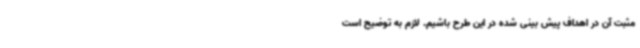
مثبت آن در اهداف پیش بینی شده در این طرح باشیم. لازم به توضیح است